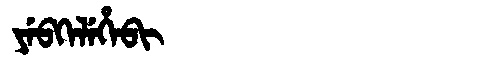
Manchu: ᠶᡝᠪᡴᡝᠯᡝᡥᡝᠪᡳ
Romanization: YEBKELEHEBI